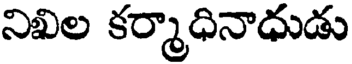
నిఖిల కర్మాధినాధుడు